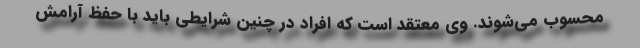
محسوب می‌شوند. وی معتقد است که افراد در چنین شرایطی باید با حفظ آرامش